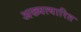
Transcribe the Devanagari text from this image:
अख्यत्यारित